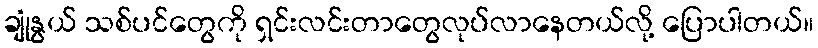
ချုံနွယ် သစ်ပင်တွေကို ရှင်းလင်းတာတွေလုပ်လာနေတယ်လို့ ပြောပါတယ်။